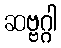
ဆဗ္ဗဂ္ဂါ